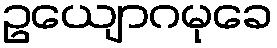
ဥယျောဂမုခေ